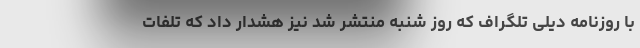
با روزنامه دیلی تلگراف که روز شنبه منتشر شد نیز هشدار داد که تلفات